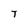
Character: T